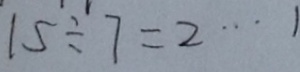
1 5 \div 7 = 2 \cdots 1